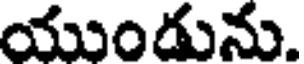
యుండును.